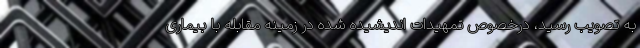
به تصویب رسید، درخصوص تمهیدات اندیشیده شده در زمینه مقابله با بیماری